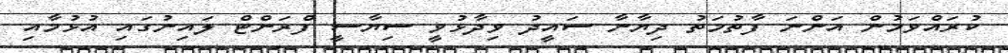
ކުރައްވަމުން އަންނަ ފާތުމަތު ދިޔާނާ ސައީދު ވިދާޅުވީ ސިޔާސީ ފްރަންޓް ލައިނުގައި އުޅުމާއި